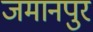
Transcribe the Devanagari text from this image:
जमानपुर